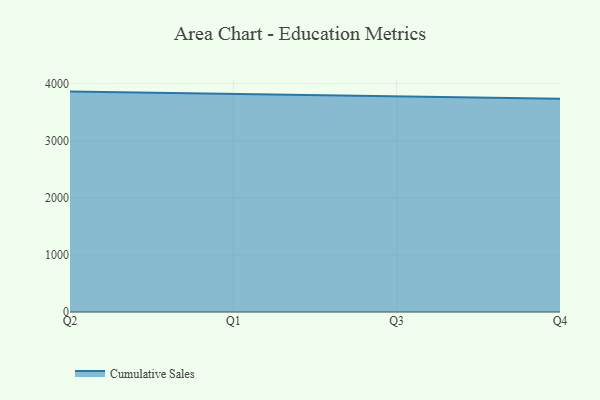
{"axis": {"x": "Quarter", "y": "Population (Million)"}, "legend": ["Cumulative Sales"], "data": [{"x": "Q2", "y": 3862.5, "type": "Cumulative Sales"}, {"x": "Q1", "y": 3819.5, "type": "Cumulative Sales"}, {"x": "Q3", "y": 3769.4, "type": "Cumulative Sales"}, {"x": "Q4", "y": 3737.9, "type": "Cumulative Sales"}]}